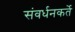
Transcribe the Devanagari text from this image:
संवर्धनकर्ते